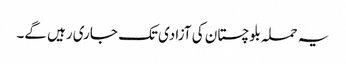
یہ حملہ بلوچستان کی آزادی تک جاری رہیں گے۔